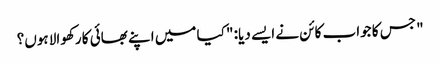
" جس کا جواب کائن نے ایسے دیا: " کیا میں اپنے بھائی کا رکھوالا ہوں؟